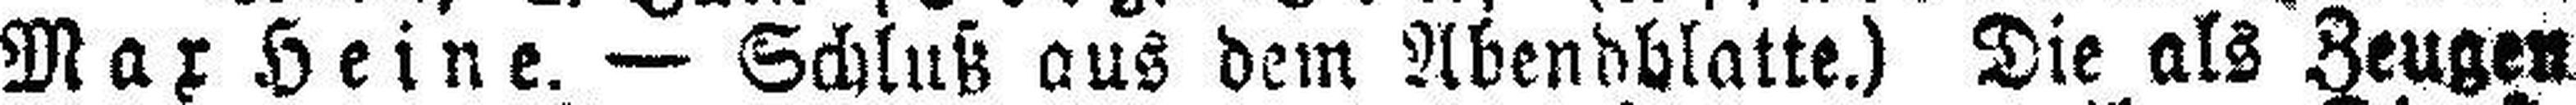
Max Heine. — Schluß aus dem Abendblatte.) Die als Zeugen